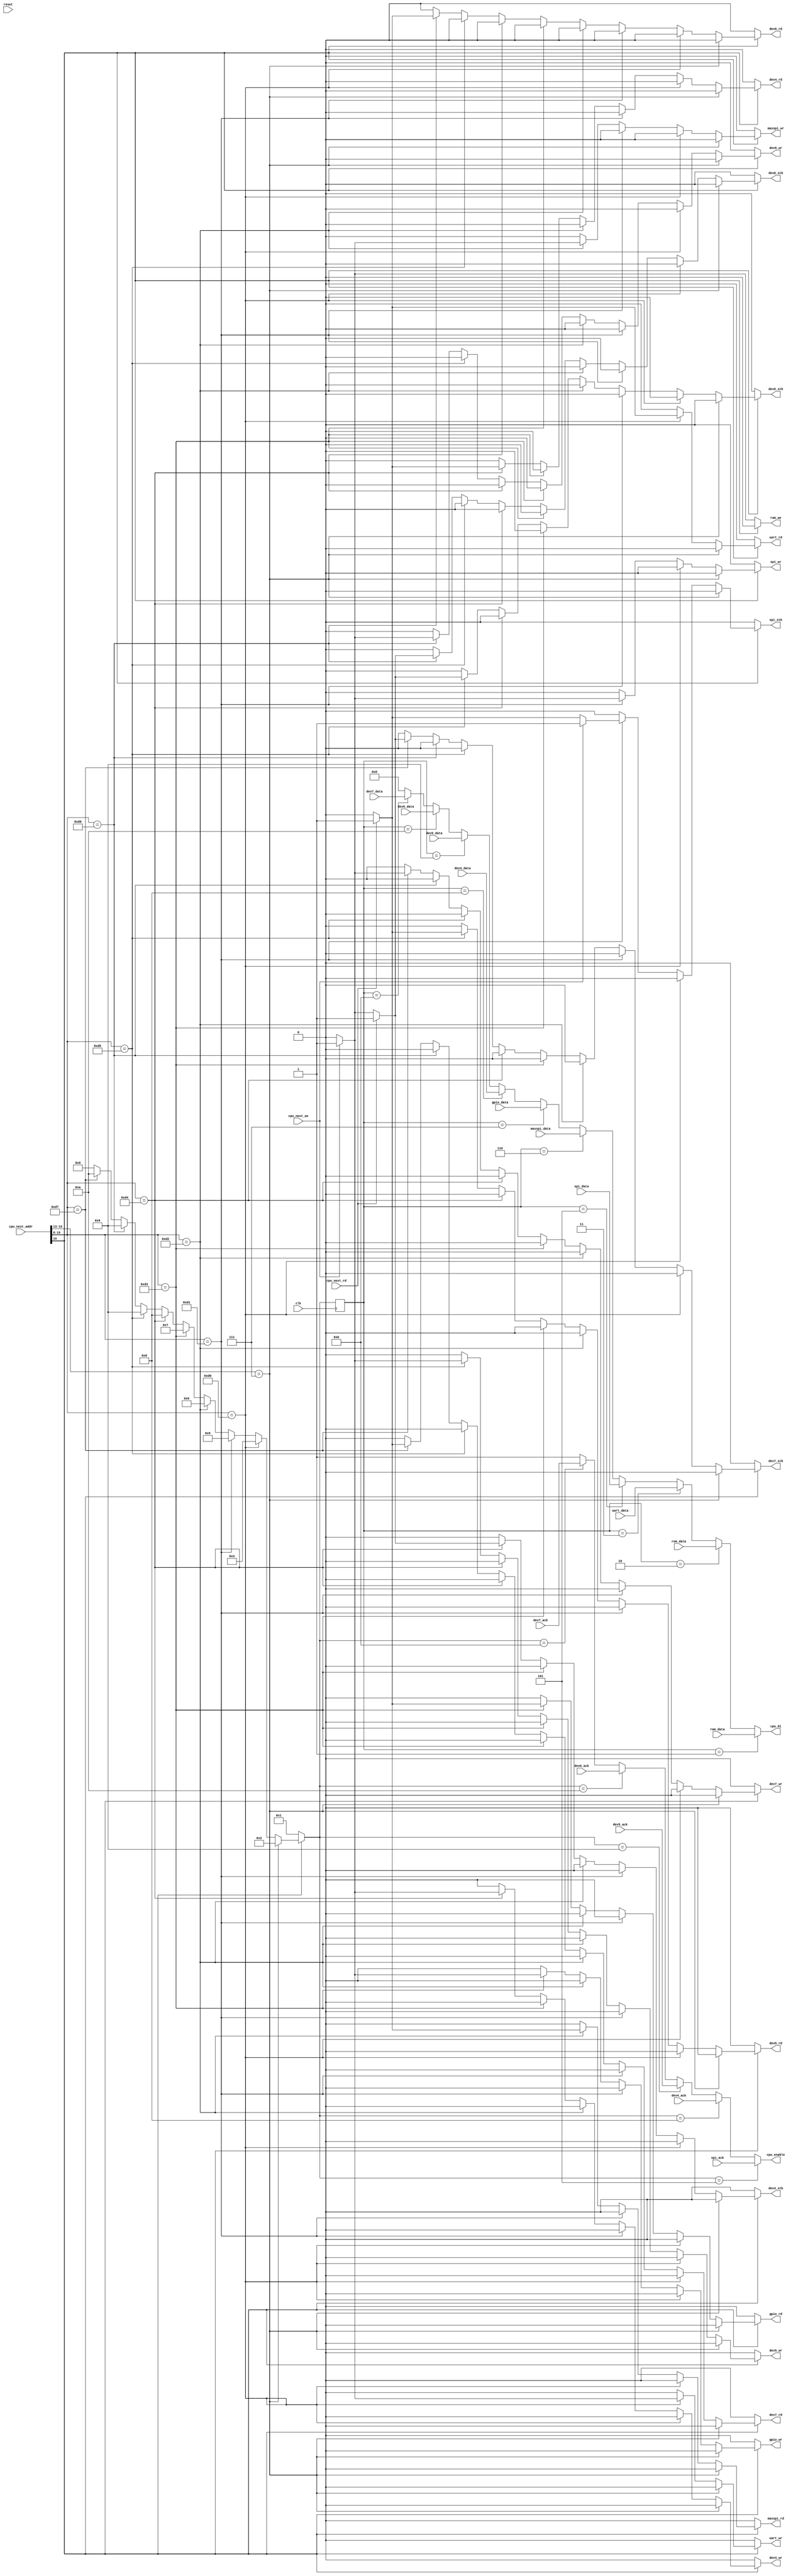
`timescale 1ns / 1ps
//////////////////////////////////////////////////////////////////////////////////
// Company: 
// Engineer: 
// 
// Design Name: 
// Module Name:    datamux 
// Project Name: 
// Target Devices: 
// Tool versions: 
// Description: 
//
// Dependencies: 
//
// Revision: 
// Revision 0.01 - File Created
// Additional Comments: 
//
//////////////////////////////////////////////////////////////////////////////////

module datamux(
	input clk,
	input reset,
	input [15:0] cpu_next_addr,
	input cpu_next_rd,
	input cpu_next_we,
   output reg [7:0] cpu_di,
	output reg cpu_enable,
	
	// ram
	output reg ram_we,
	input [7:0] ram_data,
	
	// rom
	input [7:0] rom_data,
	
	// uart
	input [7:0] uart_data,
	output reg uart_rd,
	output reg uart_wr,
		
	// SDCard spi controller
	input spi_ack,
	input [7:0] spi_data,
	output reg spi_wr,
	output reg spi_stb,
	
	//maxII SPI
	input [7:0] maxspi_data,
	output reg maxspi_wr,
	output reg maxspi_rd,

	//gpio
	input [7:0] gpio_data,
	output reg gpio_wr,
	output reg gpio_rd,

	//dev 4
	input [7:0] dev4_data,
	input dev4_ack,
	output reg dev4_stb,
	output reg dev4_wr,
	output reg dev4_rd,

	//dev 5
	input [7:0] dev5_data,
	input dev5_ack,
	output reg dev5_stb,
	output reg dev5_wr,
	output reg dev5_rd,

	//dev 6
	input [7:0] dev6_data,
	input dev6_ack,
	output reg dev6_stb,
	output reg dev6_wr,
	output reg dev6_rd,

	//dev 7
	input [7:0] dev7_data,
	input dev7_ack,
	output reg dev7_stb,
	output reg dev7_wr,
	output reg dev7_rd
);

reg [3:0] input_select;
reg [3:0] next_input_select;
reg next_cpu_enable;

always @(cpu_next_addr, cpu_next_rd, cpu_next_we, cpu_enable)
	begin
		ram_we <= 0;
		uart_rd <= 0;
		uart_wr <= 0;
		next_input_select <= 0;
		spi_wr <= 0;
		spi_stb <= 0;
		maxspi_wr <= 0;
		maxspi_rd <= 0;
		gpio_wr <= 0;
		gpio_rd <= 0;
		
		dev4_stb <= 0;
		dev4_wr <= 0;
		dev4_rd <= 0;
		
		dev5_stb <= 0;
		dev5_wr <= 0;
		dev5_rd <= 0;
		
		dev6_stb <= 0;
		dev6_wr <= 0;
		dev6_rd <= 0;
		
		dev7_stb <= 0;
		dev7_wr <= 0;
		dev7_rd <= 0;
		
		if (cpu_next_addr[15] == 0) // RAM 0x0000 - 0x7FFF
			begin
				next_input_select <= 1;
				if (cpu_next_we == 1)
					ram_we <= 1;
			end
		else if (cpu_next_addr[15:13] == 7) // ROM 0xE000 - 0xFFFF
			next_input_select <= 2;
		else if (cpu_next_addr[15:8] == 8'hD0) // UART 0xD000 - 0xD0FF
			begin
				next_input_select <= 3;
				if (cpu_next_rd == 1)
					uart_rd <= 1;
				if (cpu_next_we == 1)
					uart_wr <= 1;
			end
		else if (cpu_next_addr[15:8] == 8'hD1) // SPI 0xD100 - 0xD1FF
			begin
				next_input_select <= 5;
				if (cpu_next_rd == 1)
					spi_stb <= 1;
				if (cpu_next_we == 1)
					begin
						spi_stb <= 1;
						spi_wr <= 1;
					end
			end
		else if (cpu_next_addr[15:8] == 8'hD2) // MAXII SPI 0xD200 - 0xD2FF
			begin
				next_input_select <= 6;
				if (cpu_next_we == 1)
					maxspi_wr <= 1;
				if (cpu_next_rd == 1)
					maxspi_rd <= 1;
			end
		else if (cpu_next_addr[15:8] == 8'hD3) // GPIO 0xD300 - 0xD3FF
			begin
				next_input_select <= 7;
				if (cpu_next_we == 1)
					gpio_wr <= 1;
				if (cpu_next_rd == 1)
					gpio_rd <= 1;
			end
		else if (cpu_next_addr[15:8] == 8'hD4) // dev4 0xD400 - 0xD4FF
			begin
				next_input_select <= 8;
				if (cpu_next_we == 1)
					begin
						dev4_stb <= 1;
						dev4_wr <= 1;
					end
				if (cpu_next_rd == 1)
					begin
						dev4_stb <= 1;
						dev4_rd <= 1;
					end
			end
		else if (cpu_next_addr[15:8] == 8'hD5) // dev5 0xD500 - 0xD5FF
			begin
				next_input_select <= 9;
				if (cpu_next_we == 1)
					begin
						dev5_stb <= 1;
						dev5_wr <= 1;
					end
				if (cpu_next_rd == 1)
					begin
						dev5_stb <= 1;
						dev5_rd <= 1;
					end
			end
		else if (cpu_next_addr[15:8] == 8'hD6) // dev6 0xD600 - 0xD6FF
			begin
				next_input_select <= 9;
				if (cpu_next_we == 1)
					begin
						dev6_stb <= 1;
						dev6_wr <= 1;
					end
				if (cpu_next_rd == 1)
					begin
						dev6_stb <= 1;
						dev6_rd <= 1;
					end
			end
		else if (cpu_next_addr[15:8] == 8'hD7) // dev7 0xD700 - 0xD7FF
			begin
				next_input_select <= 10;
				if (cpu_next_we == 1)
					begin
						dev7_stb <= 1;
						dev7_wr <= 1;
					end
				if (cpu_next_rd == 1)
					begin
						dev7_stb <= 1;
						dev7_rd <= 1;
					end
			end
	end
	
always @(posedge clk)
	begin
		input_select <= next_input_select;
	end
	
always @(input_select, ram_data, rom_data, uart_data, spi_data, maxspi_data, gpio_data, dev4_data, dev5_data, dev6_data, dev7_data)
	begin
		if (input_select == 1)
			cpu_di <= ram_data;
		else if (input_select == 2)
			cpu_di <= rom_data;
		else if (input_select == 3)
			cpu_di <= uart_data;
		else if (input_select == 5)
			cpu_di <= spi_data;
		else if (input_select == 6)
			cpu_di <= maxspi_data;
		else if (input_select == 7)
			cpu_di <= gpio_data;
		else if (input_select == 8)
			cpu_di <= dev4_data;
		else if (input_select == 9)
			cpu_di <= dev5_data;
		else if (input_select == 10)
			cpu_di <= dev6_data;
		else if (input_select == 11)
			cpu_di <= dev7_data;
		else
			cpu_di <= 0;
	end

always @(next_input_select, spi_ack, dev4_ack, dev5_ack, dev6_ack, dev7_ack)
	begin
		if (next_input_select == 5)
			cpu_enable <= spi_ack;
		else if (next_input_select == 8)
			cpu_enable <= dev4_ack;
		else if (next_input_select == 9)
			cpu_enable <= dev5_ack;
		else if (next_input_select == 10)
			cpu_enable <= dev6_ack;
		else if (next_input_select == 11)
			cpu_enable <= dev7_ack;
		else
			cpu_enable <= 1;
	end
	
endmodule